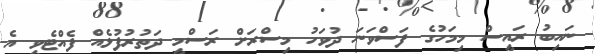
ނައިބު ރައީސް މިމަހުގެ ފަސްވަނަ ދުވަހު މިސްރަށް ރަސްމީ ދަތުރުފުޅެއް ފެއްޓެވީ އެ